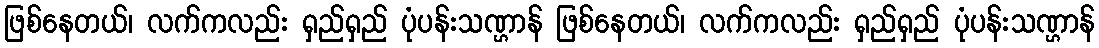
ဖြစ်နေတယ်၊ လက်ကလည်း ရှည်ရှည် ပုံပန်းသဏ္ဌာန် ဖြစ်နေတယ်၊ လက်ကလည်း ရှည်ရှည် ပုံပန်းသဏ္ဌာန်